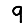
Digit: 9